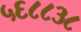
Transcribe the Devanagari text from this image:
५६८८३८